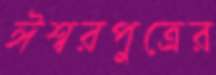
ঈশ্বরপুত্রের